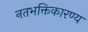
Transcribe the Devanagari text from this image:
नतभक्तिकारण्य